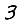
Digit: 3